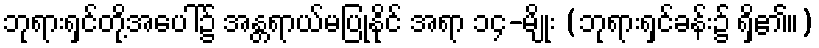
ဘုရားရှင်တို့အပေါ်၌ အန္တရာယ်မပြုနိုင် အရာ ၁၄-မျိုး (ဘုရားရှင်ခန်း၌ ရှိ၏။)